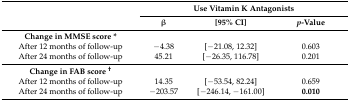
| <ROWSPAN=2>  | <COLSPAN=3> Use Vitamin K Antagonists |
 | β | [95% CI] | p-Value |
 | --- | --- | --- | --- |
 | Change in MMSE score * |  |  |  |
 | After 12 months of follow-up | −4.38 | [−21.08, 12.32] | 0.603 |
 | After 24 months of follow-up | 45.21 | [−26.35, 116.78] | 0.201 |
 | Change in FAB score † |  |  |  |
 | After 12 months of follow-up | 14.35 | [−53.54, 82.24] | 0.659 |
 | After 24 months of follow-up | −203.57 | [−246.14, −161.00] | 0.010 |